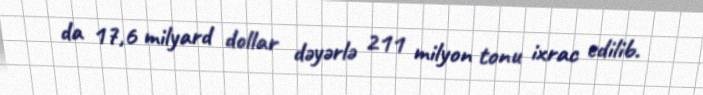
da 17,6 milyard dollar dəyərlə 211 milyon tonu ixrac edilib.